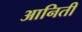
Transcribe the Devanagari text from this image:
आनिती